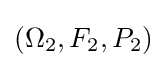
(\Omega _{2},F_{2},P_{2})